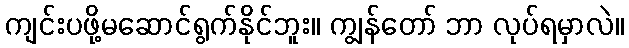
ကျင်းပဖို့မဆောင်ရွက်နိုင်ဘူး။ ကျွန်တော် ဘာ လုပ်ရမှာလဲ။